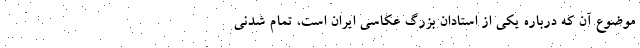
موضوع آن که درباره یکی از استادان بزرگ عکاسی ایران است، تمام شدنی